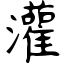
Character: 灌